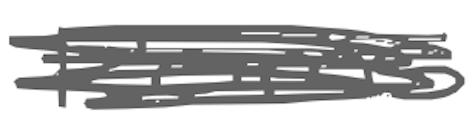
Text: Reims
Cross-out: scratch
Writing tool: digital_gray